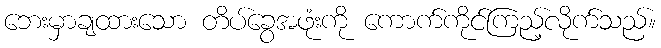
ဘေးမှာချထားသော တိပ်ခွေအဖုံးကို ကောက်ကိုင်ကြည့်လိုက်သည်။